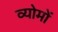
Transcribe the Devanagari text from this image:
व्योमों